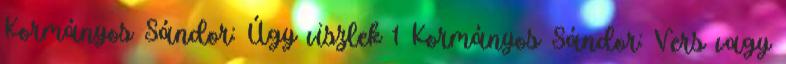
Kormányos Sándor: Úgy viszlek 1 Kormányos Sándor: Vers vagy